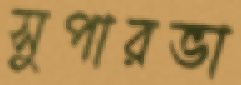
সুপারভা